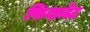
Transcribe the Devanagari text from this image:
फिशनेट